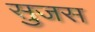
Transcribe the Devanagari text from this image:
सुजस